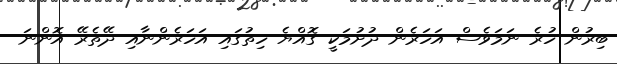
ބިރުން ހުރެ ނަމަވެސް އަހަރެން ދުށުމަކީ ގޮއްޔެ ހިތުގައި އަހަރެންނާއި ދޭތެރޭ އޮންނަ